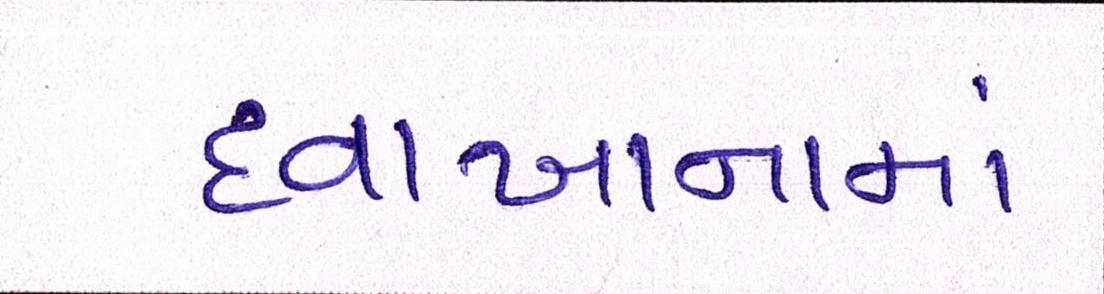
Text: દવાખાનામાં